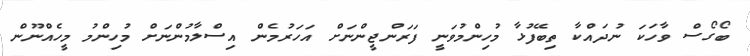
ބޯގޯސް ވާހަކަ ނުދައްކާ ތިބޭފުޅާ މުހިންމުވަނީ ފަރަންޖީންނަށް އަހަރުމެން އިސްލާމުންނަށް މުހިންމު މީހެއްނޫން